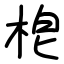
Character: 梎